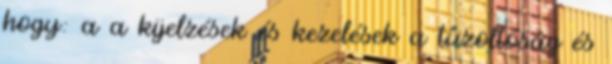
hogy: a a kijelzések és kezelések a tûzoltóság és